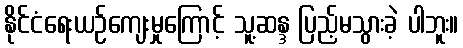
နိုင်ငံရေးယဉ်ကျေးမှုကြောင့် သူ့ဆန္ဒ ပြည့်မသွားခဲ့ ပါဘူး။